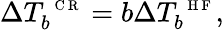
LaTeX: \Delta T_{b}^{\mathrm{~\scriptsize~C~R~}}=b\Delta T_{b}^{\mathrm{~\scriptsize~H~F~}},